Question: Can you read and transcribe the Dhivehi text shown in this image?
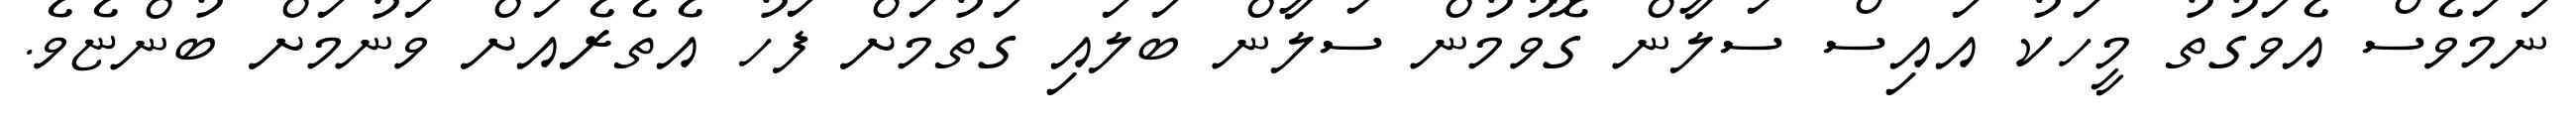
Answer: ނަމަވެސް އެވަގުތު މީހަކު އައިސް ސަލާން ގޮވުމުން ސަލާން ބަލައި ގަތުމަށް ފަހު އެތެރެއަށް ވަނުމަށް ބުންޏެވެ.